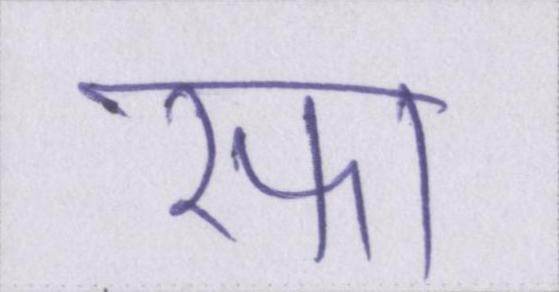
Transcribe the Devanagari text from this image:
रफा